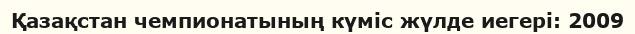
Қазақстан чемпионатының күміс жүлде иегері: 2009